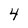
Character: 4